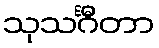
သုသင်္ဂီတာ